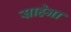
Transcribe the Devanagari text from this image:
साहेना